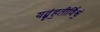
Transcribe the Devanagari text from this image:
यद्बृ॑ह॒तीर्विश्वं॒